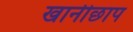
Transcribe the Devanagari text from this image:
खानीछाप